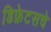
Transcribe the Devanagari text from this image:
डिफ्रेटसचे